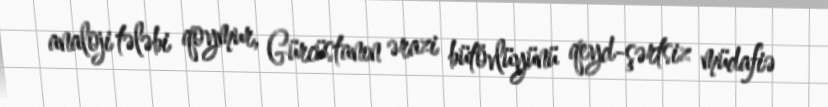
analoji tələbi qoymur, Gürcüstanın ərazi bütövlüyünü qeyd-şərtsiz müdafiə